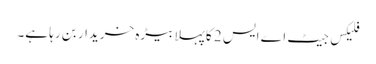
فلیکس جیٹ اے ایس 2 کا پہلا بیڑہ خریدار بن رہا ہے۔